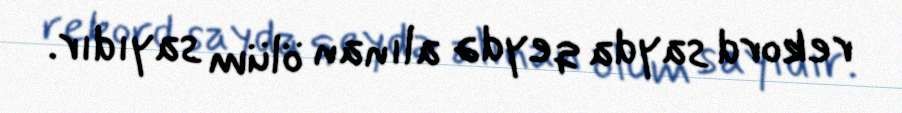
rekord sayda qeydə alınan ölüm sayıdır.